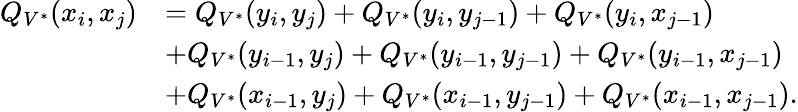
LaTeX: \begin{array}{rl}{Q_{V^{*}}(x_{i},x_{j})}&{=Q_{V^{*}}(y_{i},y_{j})+Q_{V^{*}}(y_{i},y_{j-1})+Q_{V^{*}}(y_{i},x_{j-1})}\\ &{+Q_{V^{*}}(y_{i-1},y_{j})+Q_{V^{*}}(y_{i-1},y_{j-1})+Q_{V^{*}}(y_{i-1},x_{j-1})}\\ &{+Q_{V^{*}}(x_{i-1},y_{j})+Q_{V^{*}}(x_{i-1},y_{j-1})+Q_{V^{*}}(x_{i-1},x_{j-1}).}\end{array}